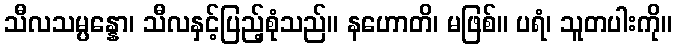
သီလသမ္ပန္နော၊ သီလနှင့်ပြည့်စုံသည်။ နဟောတိ၊ မဖြစ်။ ပရံ၊ သူတပါးကို။